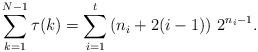
LaTeX: \begin{align*}\sum_{k=1}^{N-1}\tau(k)=\sum_{i=1}^{t}\left(n_{i}+2(i-1)\right)\,2^{n_{i}-1}.\end{align*}